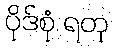
ပိုဒ်စုံ ရတု